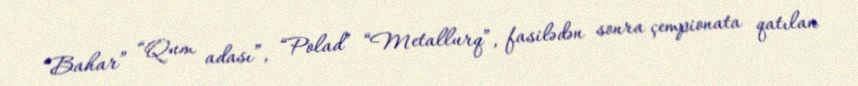
“Bahar” “Qum adası”, “Polad” “Metallurq”, fasilədən sonra çempionata qatılan